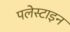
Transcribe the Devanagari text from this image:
पलेस्टाइन